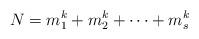
LaTeX: \begin{align*}N=m_{1}^{k}+m_{2}^{k}+\cdots+m_{s}^{k}\end{align*}